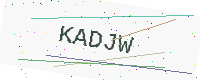
Text: KADJW